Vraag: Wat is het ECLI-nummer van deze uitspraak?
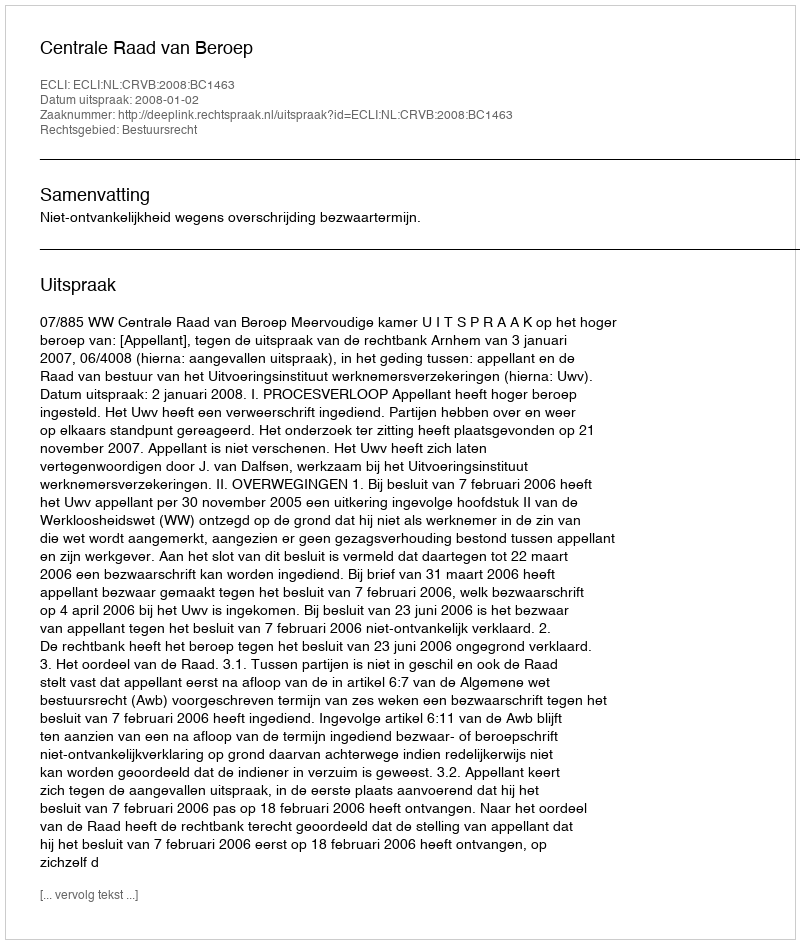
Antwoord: ECLI:NL:CRVB:2008:BC1463